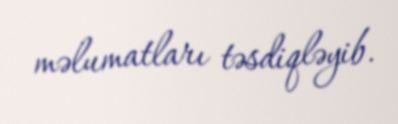
məlumatları təsdiqləyib.